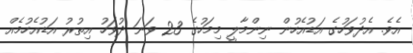
އެވެ. އެދުވަހުގެ އަޑުއެހުން ނިންމާލީ މިމަހުގެ 23 ވަނަ ދުވަހު އިތުރު އަޑުއެހުމެއް